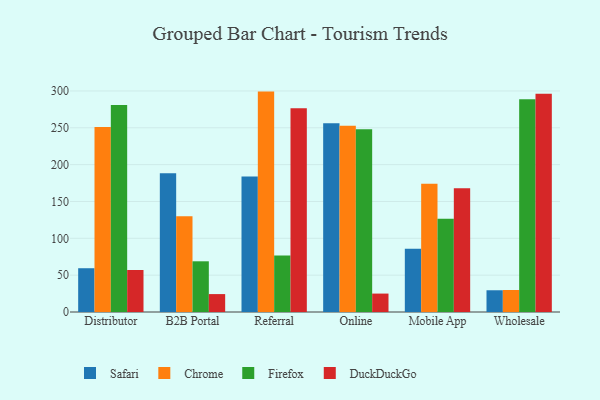
{"axis": {"x": "Channel", "y": "Latency (ms)"}, "legend": ["Chrome", "DuckDuckGo", "Firefox", "Safari"], "data": [{"x": "Distributor", "y": 59.4, "type": "Safari"}, {"x": "Distributor", "y": 250.9, "type": "Chrome"}, {"x": "Distributor", "y": 280.8, "type": "Firefox"}, {"x": "Distributor", "y": 57.0, "type": "DuckDuckGo"}, {"x": "B2B Portal", "y": 188.4, "type": "Safari"}, {"x": "B2B Portal", "y": 129.9, "type": "Chrome"}, {"x": "B2B Portal", "y": 68.8, "type": "Firefox"}, {"x": "B2B Portal", "y": 24.3, "type": "DuckDuckGo"}, {"x": "Referral", "y": 184.0, "type": "Safari"}, {"x": "Referral", "y": 299.1, "type": "Chrome"}, {"x": "Referral", "y": 76.7, "type": "Firefox"}, {"x": "Referral", "y": 276.4, "type": "DuckDuckGo"}, {"x": "Online", "y": 256.2, "type": "Safari"}, {"x": "Online", "y": 252.6, "type": "Chrome"}, {"x": "Online", "y": 248.1, "type": "Firefox"}, {"x": "Online", "y": 25.0, "type": "DuckDuckGo"}, {"x": "Mobile App", "y": 85.7, "type": "Safari"}, {"x": "Mobile App", "y": 174.2, "type": "Chrome"}, {"x": "Mobile App", "y": 126.4, "type": "Firefox"}, {"x": "Mobile App", "y": 168.1, "type": "DuckDuckGo"}, {"x": "Wholesale", "y": 29.5, "type": "Safari"}, {"x": "Wholesale", "y": 29.9, "type": "Chrome"}, {"x": "Wholesale", "y": 288.7, "type": "Firefox"}, {"x": "Wholesale", "y": 296.1, "type": "DuckDuckGo"}]}